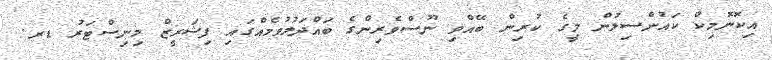
އިކޮނޮމިކް ކައުންސިލުން މީގެ ކުރިން ބޭއްވި ނޫސްވެރިންގެ ބައްދަލުވުމެއްގައި ފިޝަރީޒް މިނިސްޓަރު ޑރ.